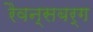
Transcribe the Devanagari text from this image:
रैवन्सबर्ग